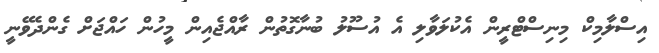
އިސްލާމިކް މިނިސްޓްރީން އެކުލަވާލި އެ އުސޫލު ބުނާގޮތުން ރާއްޖެއިން މީހުން ހައްޖަށް ގެންދެވޭނީ